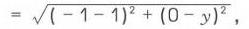
\(= \sqrt{(-1 - 1)^2+(0 - y)^2}\)